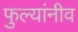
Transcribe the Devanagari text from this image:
फुल्यांनीव